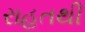
રાહતથી